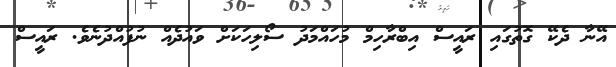
އޭނާ ދެކޭ ގޮތުގައި ރައީސް އިބްރާހިމް މުހައްމަދު ސޯލިހަކަށް ވައުދެއް ނުފުއްދުނެވެ. ރައީސް